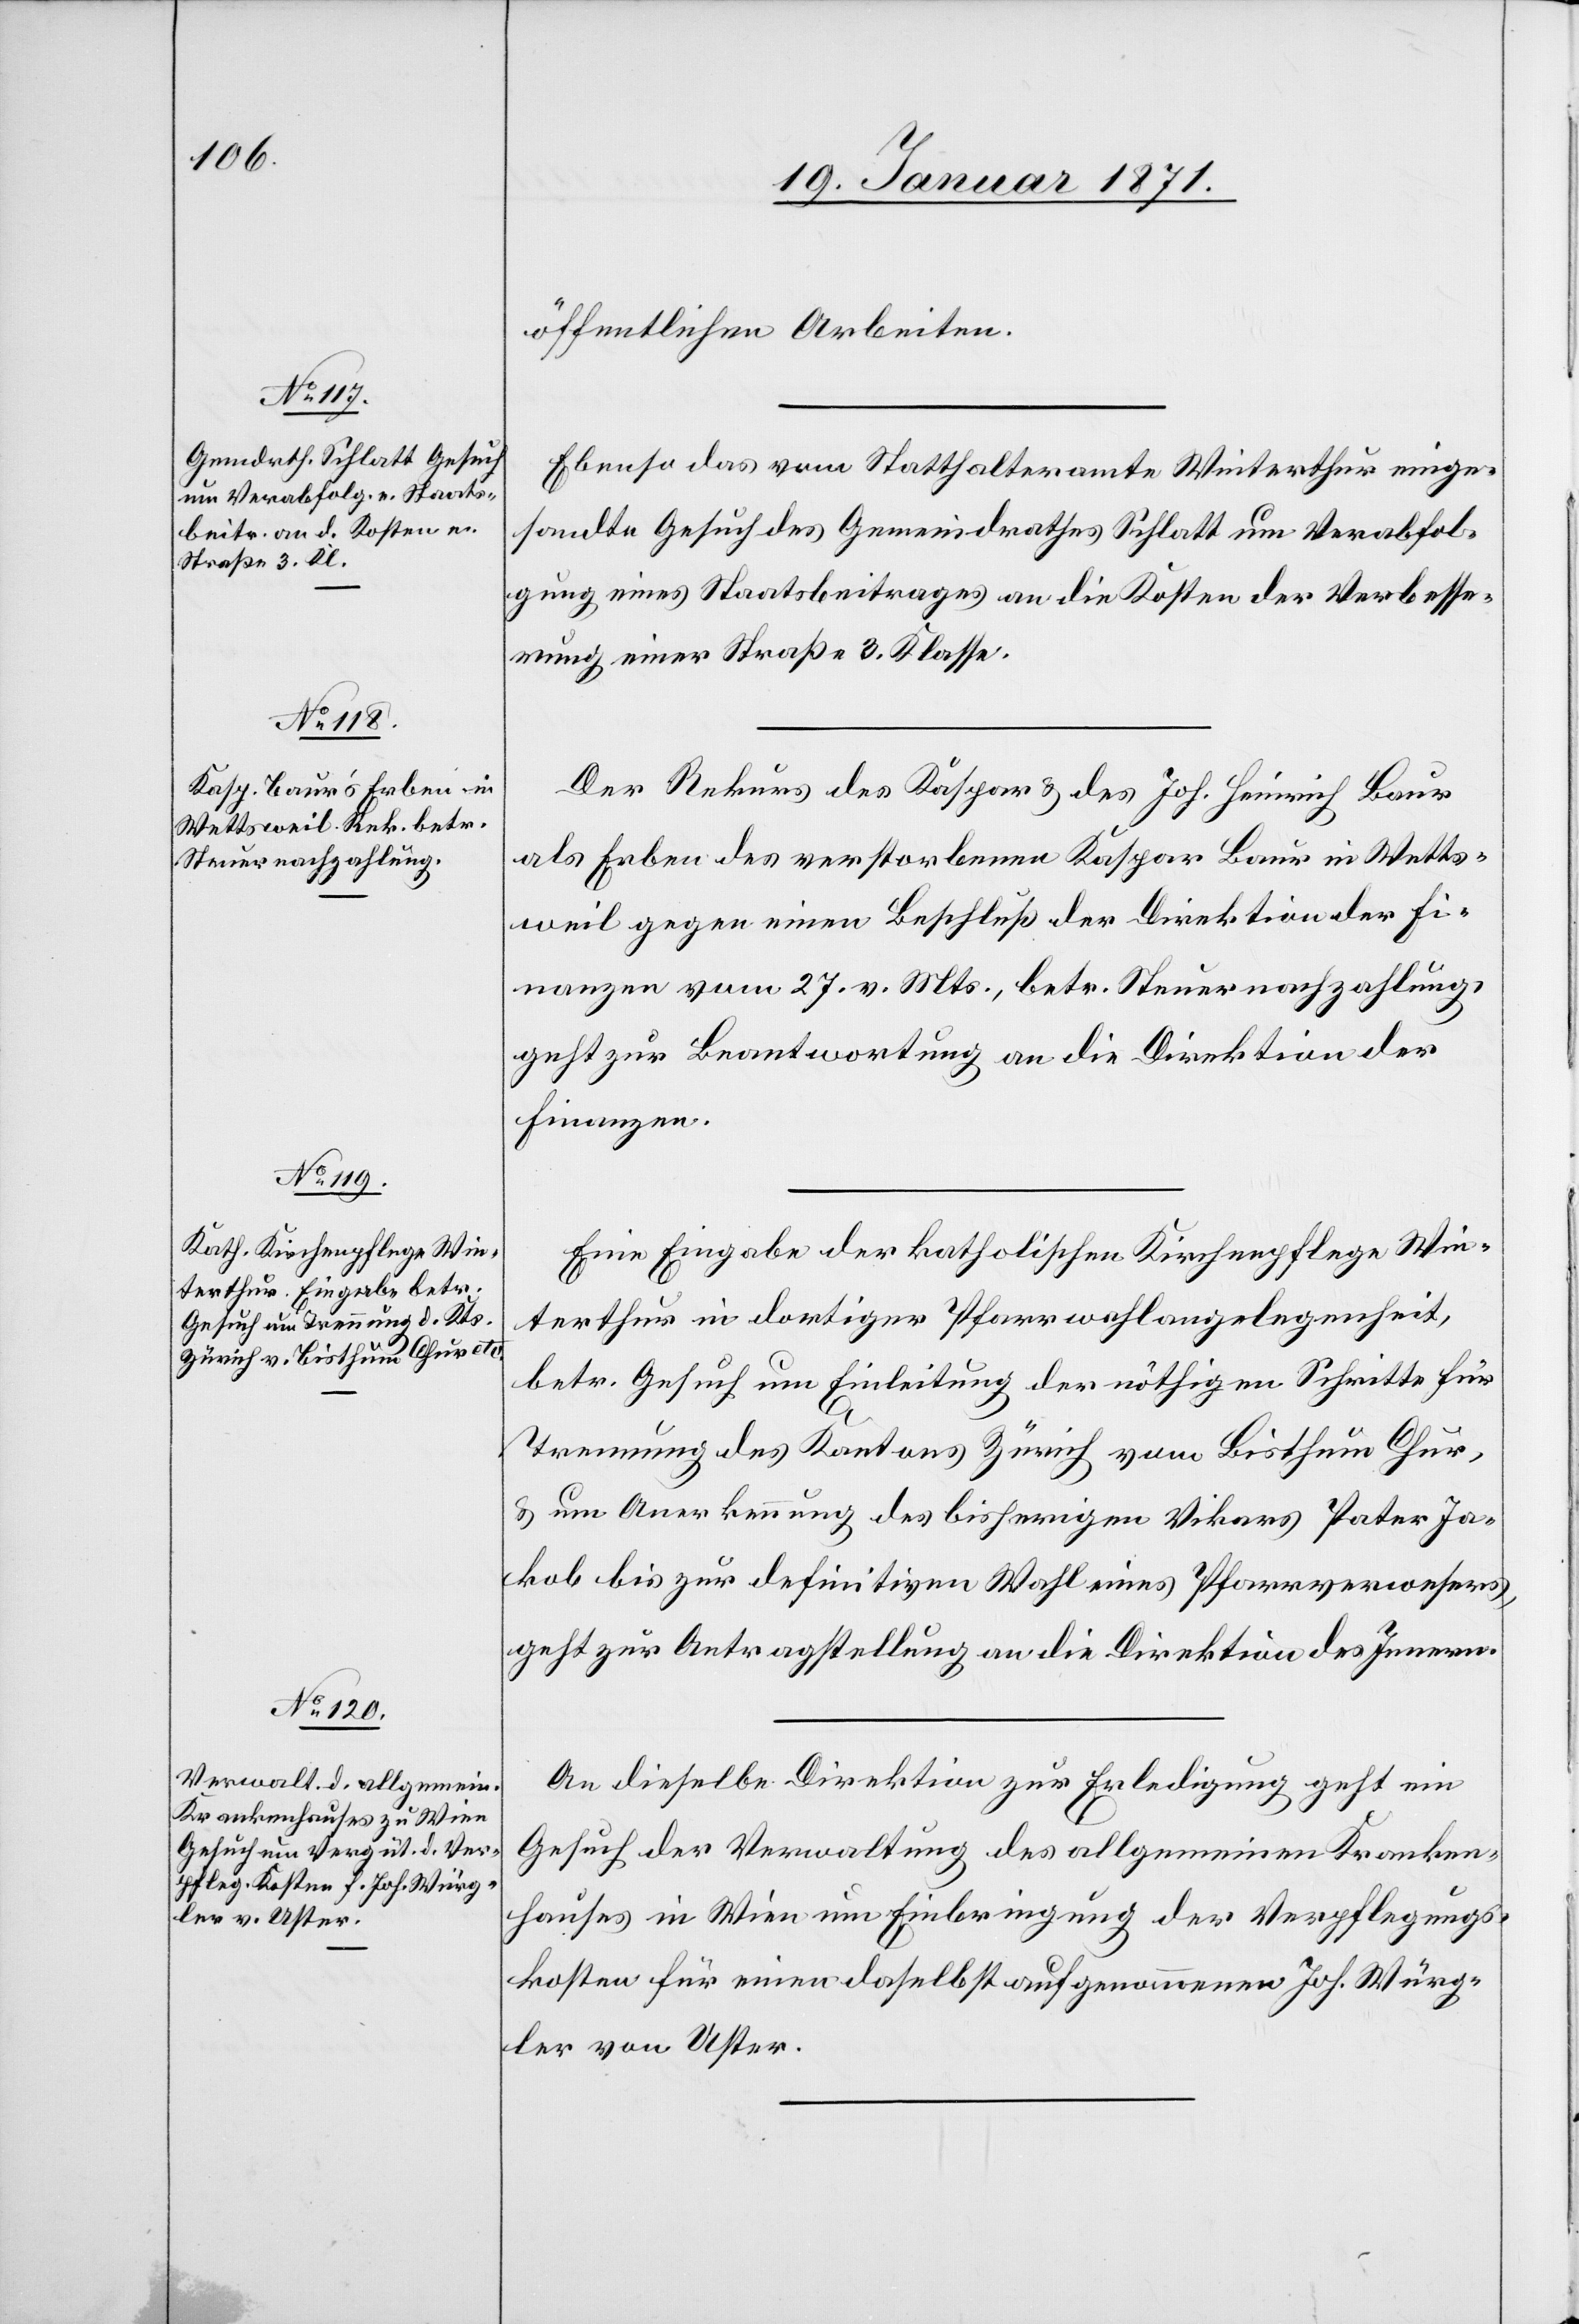
20. Januar 1871.]
öffentlichen Arbeiten.
Ebenso das vom Statthalteramte Winterthur einge¬
sandte Gesuch des Gemeindrathes Schlatt um Verabfol¬
gung eines Staatsbeitrages an die Kosten der Verbesse¬
rung einer Straße 3. Klasse.
Der Rekurs des Kaspar u. des Joh. Heinrich Baur
als Erben des verstorbenen Kaspar Baur in Wetts¬
weil gegen einen Beschluß der Direktion der Fi¬
nanzen vom 27. v. Mts., betr. Steuernachzahlung
geht zur Beantwortung an die Direktion der
Finanzen.
Eine Eingabe der katholischen Kirchenpflege Win¬
terthur in dortiger Pfarrwahlangelegenheit,
betr. Gesuch um Einleitung der nöthigen Schritte für
Trennung des Kantons Zürich vom Bisthum Chur,
u. um Anerkennung des bisherigen Vikars Pater Ja¬
kob bis zur definitiven Wahl eines Pfarrverwesers,
geht zur Antragstellung an die Direktion des Innern.
An dieselbe Direktion zur Erledigung geht ein
Gesuch der Verwaltung des allgemeinen Kranken¬
hauses in Wien um Einbringung der Verpflegungs¬
kosten für einen daselbst aufgenommenen Joh. Würg¬
ler von Uster.